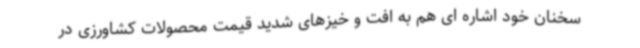
سخنان خود اشاره ای هم به افت و خیزهای شدید قیمت محصولات کشاورزی در